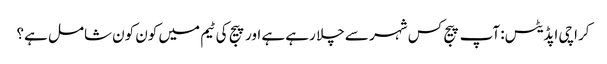
کراچی اپڈیٹس: آپ پیج کس شہر سے چلا رہے ہے اور پیج کی ٹیم میں کون کون شامل ہے؟